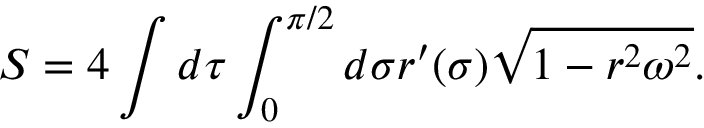
S = 4 \int d \tau \int _ { 0 } ^ { \pi / 2 } d \sigma r ^ { \prime } ( \sigma ) \sqrt { 1 - r ^ { 2 } \omega ^ { 2 } } .